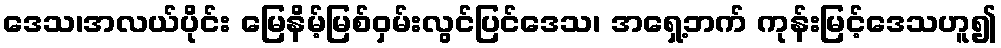
ဒေသ၊အလယ်ပိုင်း မြေနိမ့်မြစ်ဝှမ်းလွင်ပြင်ဒေသ၊ အရှေ့ဘက် ကုန်းမြင့်ဒေသဟူ၍